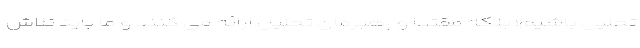
تحلیل باشیم؛ بلکه مقتدا و رهبرمان تحلیل ارائه می کنند و ما باید تلاش